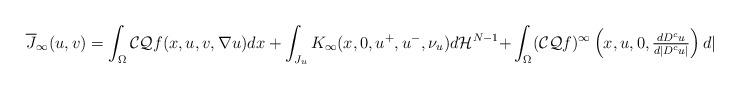
LaTeX: \begin{align*} \begin{array}{ll} \displaystyle{{\overline J}_\infty(u,v)= \int_\Omega \mathcal{CQ} f(x,u,v,\nabla u) dx + \int_{J_u} K_{\infty}(x,0, u^+, u^-,\nu_u)d\mathcal{H}^{N-1}} \displaystyle {+ \int_\Omega (\mathcal{CQ}f)^\infty\left(x,u,0,\tfrac{dD^cu}{d|D^c u|}\right) d|D^c u|}, & \end{array} \end{align*}